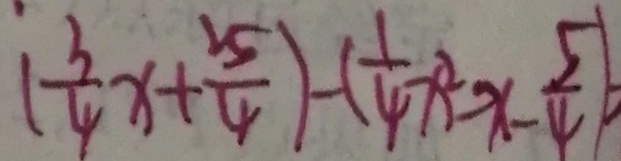
( \frac { 3 } { 4 } x + \frac { 2 5 } { 4 } ) - ( \frac { 1 } { 4 } x ^ { 2 } - x - \frac { 5 } { 4 } )